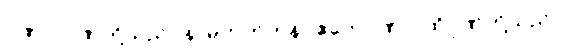
ဂုဏာ၊ ဂုဏ်တို့သည်။ န၊ မဟုတ်ကုန်။ ဧတေဂုဏာ၊ ထိုဂုဏ်တို့သည်။